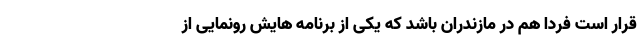
قرار است فردا هم در مازندران باشد که یکی از برنامه هایش رونمایی از